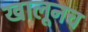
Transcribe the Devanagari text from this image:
खालूनच